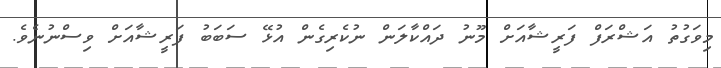
މިވަގުތު އަޝްރަފް ފަރީޝާއަށް މޫނު ދައްކާލަން ނުކެރިގެން އުޅޭ ސަބަބު ފަރީޝާއަށް ވިސްނުނެވެ.